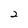
Character: 2